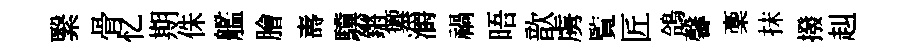
繄骨忆期侏艦膾夀驥鏘籞灂禍晤歆虜覧匠鴿馨稾抹撥赳